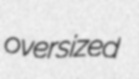
oversized